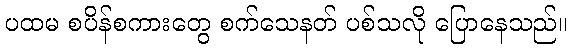
ပထမ စပိန်စကားတွေ စက်သေနတ် ပစ်သလို ပြောနေသည်။